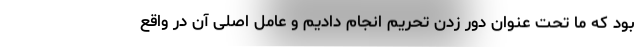
بود که ما تحت عنوان دور زدن تحریم انجام دادیم و عامل اصلی آن در واقع